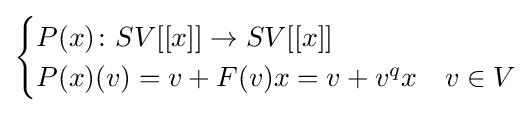
{\begin{cases}P(x)\colon SV[[x]]\to SV[[x]]\\P(x)(v)=v+F(v)x=v+v^{q}x&v\in V\end{cases}}